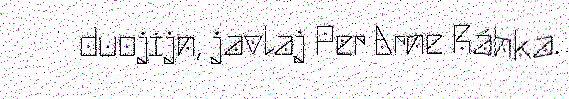
duojijn, javlaj Per Arne Ráhka.